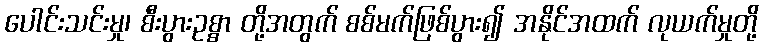
ပေါင်းသင်းမှု၊ စီးပွားဥစ္စာ တို့အတွက် စစ်မက်ဖြစ်ပွား၍ အနိုင်အထက် လုယက်မှုတို့